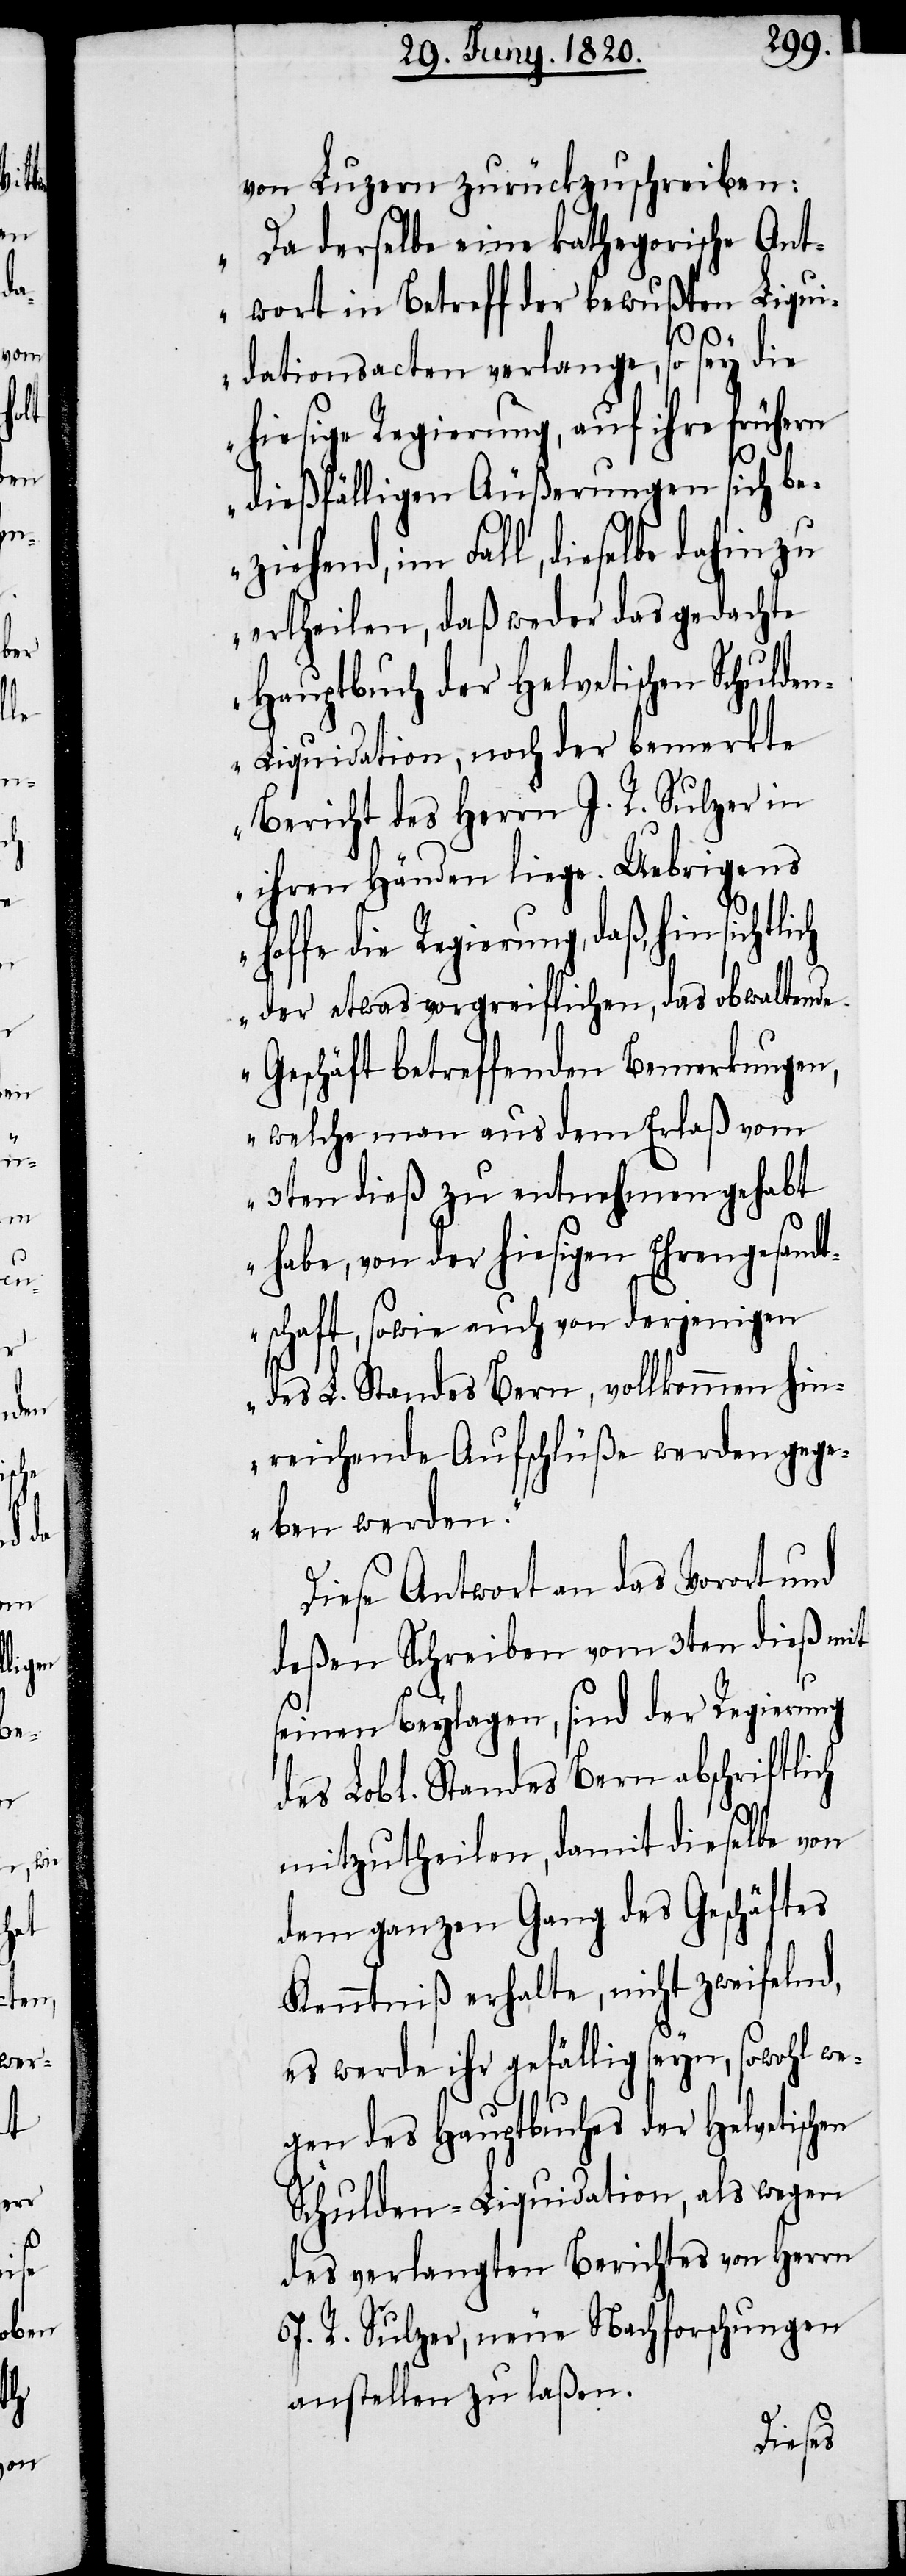
von Luzern zurückzuschreiben:
„Da derselbe eine kathegorische Ant¬
wort in Betreff der bewußten Liqui¬
dationsacten verlange, so sey die
hiesige Regierung, auf ihre frühern
dießfälligen Äußerungen sich be¬
ziehend, im Fall, dieselbe dahin zu
ertheilen, daß weder das gedachte
Hauptbuch der Helvetischen Schulde¬
n-Liquidation, noch der bemerkte
Bericht des Herrn I. R. Sulzer in
ihren Händen liege. Uebrigens
die Regierung, daß, hinsichtlich
der etwas vorgreiflichen, das obwaltende
Geschäft betreffenden Bemerkungen,
welche man aus dem Erlaß vom
3ten dieß zu entnehmen gehabt
habe, von der hiesigen Ehrengesand¬
tschaft, sowie auch von derjenigen
des L. Standes Bern, vollkommen hin¬
reichenden Aufschlüße werden gege¬
ben werden.“
Diese Antwort an das Vorort und
deßen Schreiben vom 3ten dieß mit
seinen Beylagen, sind der Regierung
des Lobl. Standes Bern abschriftlich
mitzutheilen, damit dieselbe von
dem ganzen Gang des Geschäftes
Kenntniß erhalte, nicht zweifelnd,
es werde ihr gefällig seyn, sowohl we¬
gen des Hauptbuches der Helvetischen
Schulden-Liquidation, als wegen
des verlangten Berichtes von Herrn
I. R. Sulzer, neue Nachforschungen
anstellen zu laßen.